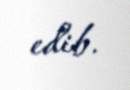
edib.